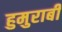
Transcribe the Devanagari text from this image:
हुमुराबी